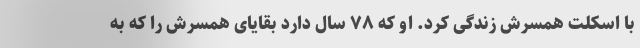
با اسکلت همسرش زندگی کرد. او که ۷۸ سال دارد بقایای همسرش را که به